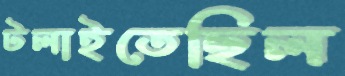
টলাইতেছিল